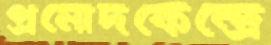
প্রমোদকেন্দ্রে